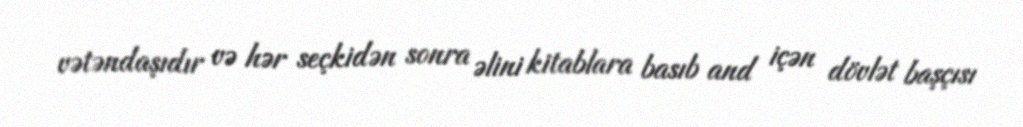
vətəndaşıdır və hər seçkidən sonra əlini kitablara basıb and içən dövlət başçısı